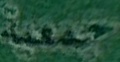
جمعیة